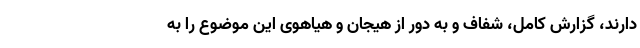
دارند، گزارش کامل، شفاف و به دور از هیجان و هیاهوی این موضوع را به